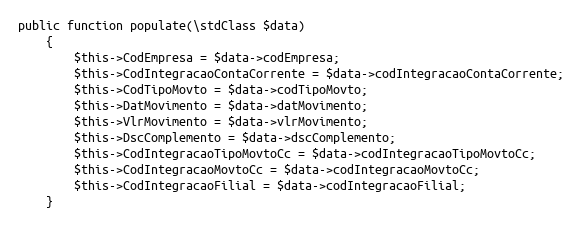
Language: PHP
public function populate(\stdClass $data)
    {
        $this->CodEmpresa = $data->codEmpresa;
        $this->CodIntegracaoContaCorrente = $data->codIntegracaoContaCorrente;
        $this->CodTipoMovto = $data->codTipoMovto;
        $this->DatMovimento = $data->datMovimento;
        $this->VlrMovimento = $data->vlrMovimento;
        $this->DscComplemento = $data->dscComplemento;
        $this->CodIntegracaoTipoMovtoCc = $data->codIntegracaoTipoMovtoCc;
        $this->CodIntegracaoMovtoCc = $data->codIntegracaoMovtoCc;
        $this->CodIntegracaoFilial = $data->codIntegracaoFilial;
    }